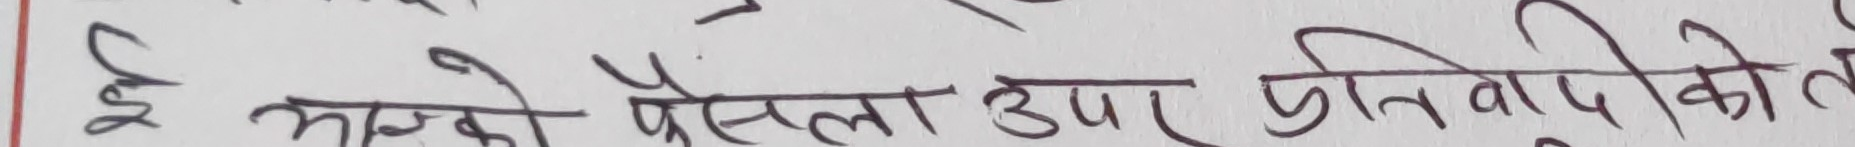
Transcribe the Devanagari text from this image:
ई यसको पैसाला उपर प्रतिविपुपिको